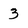
Character: 3